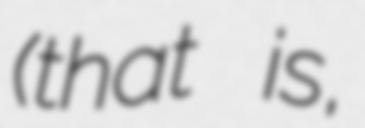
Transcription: (that is,